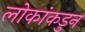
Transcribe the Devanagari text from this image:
लोकांकडुन